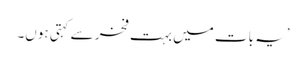
’یہ بات میں بہت فخر سے کہتی ہوں۔